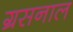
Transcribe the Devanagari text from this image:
ग्रसनाल